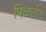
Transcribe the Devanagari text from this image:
पिळतात